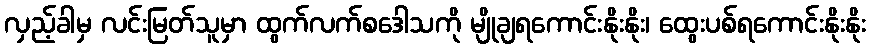
လှည့်ခါမှ လင်းမြတ်သူမှာ ထွက်လက်စဒေါသကို မျိုချရကောင်းနိုးနိုး၊ ထွေးပစ်ရကောင်းနိုးနိုး